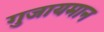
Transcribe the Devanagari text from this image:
गुजायमान